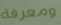
ومعرفة